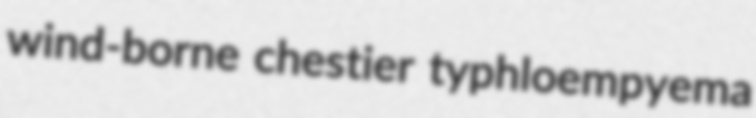
wind-borne chestier typhloempyema